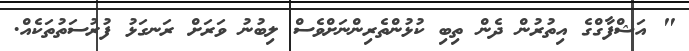
" އަޝްފާގްގެ އިތުރުން ދެން ތިބި ކުޅުންތެރިންނަށްވެސް ލިބުނު ވަރަށް ރަނގަޅު ފުރުސަތުތަކެއް.